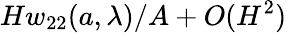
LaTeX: Hw_{22}({a},\lambda)/A+O(H^{2})